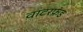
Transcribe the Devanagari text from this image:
वाटरफ्रंड